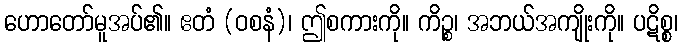
ဟောတော်မူအပ်၏။ ဧတံ (ဝစနံ)၊ ဤစကားကို။ ကိဉ္စ၊ အဘယ်အကျိုးကို။ ပဋိစ္စ၊